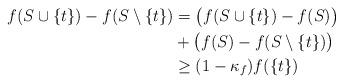
LaTeX: \begin{align*}f(S\cup\{t\})-f(S\setminus\{t\})&=\big(f(S\cup\{t\})-f(S)\big)\\&+\big(f(S)-f(S\setminus\{t\})\big) \\&\geq (1-\kappa_{f})f(\{t\})\end{align*}